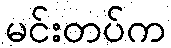
မင်းတပ်က